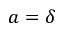
a = \delta